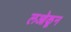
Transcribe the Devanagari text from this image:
लओकून